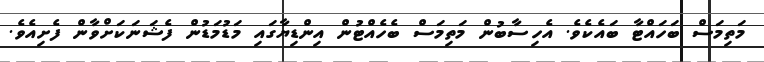
މަތިމަސް ބަހައްޓާ ބައެކެވެ. އެހިސާބުން މަތިމަސް ބެހެއްޓުން އިންޑިޔާގައި މަޑުމަޑުން ފެޝަނަކަށްވާން ފެށިއެވެ.